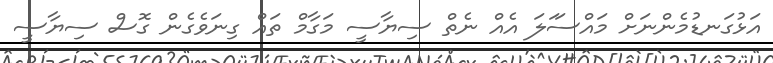
އަޅުގަނޑުމެންނަށް މައްސަަލަ އެއް ނެތް ސިޔާސީ މަގާމް ތައް ގިނަވެގެން ގޮސް ސިޔާސީ